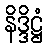
နိဒ္ဒိဋ္ဌံ